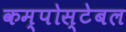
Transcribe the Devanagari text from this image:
कम्पोस्टेबल